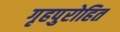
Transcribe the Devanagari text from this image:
गृहपुरोहित